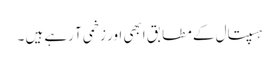
ہسپتال کے مطابق ابھی اور زخمی آ رہے ہیں ۔